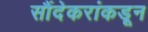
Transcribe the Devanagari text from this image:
सौंदेकरांकडून